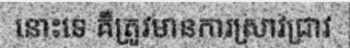
នោះទេ គឺត្រូវមានការស្រាវជ្រាវ